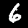
Digit: 6